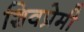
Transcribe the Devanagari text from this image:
शिवप्रेमी